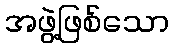
အဖွဲ့ဖြစ်သော